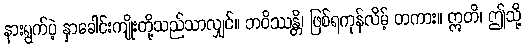
နားရွက်ပဲ့ နှာခေါင်းကျိုးတို့သည်သာလျှင်။ ဘဝိဿန္တိ၊ ဖြစ်ရကုန်လိမ့် တကား။ ဣတိ၊ ဤသို့